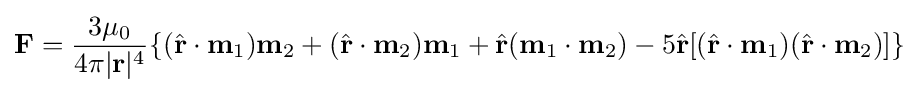
\mathbf {F} ={\frac {3\mu _{0}}{4\pi |\mathbf {r} |^{4}}}\{({\hat {\mathbf {r} }}\cdot \mathbf {m} _{1})\mathbf {m} _{2}+({\hat {\mathbf {r} }}\cdot \mathbf {m} _{2})\mathbf {m} _{1}+{\hat {\mathbf {r} }}(\mathbf {m} _{1}\cdot \mathbf {m} _{2})-5{\hat {\mathbf {r} }}[({\hat {\mathbf {r} }}\cdot \mathbf {m} _{1})({\hat {\mathbf {r} }}\cdot \mathbf {m} _{2})]\}